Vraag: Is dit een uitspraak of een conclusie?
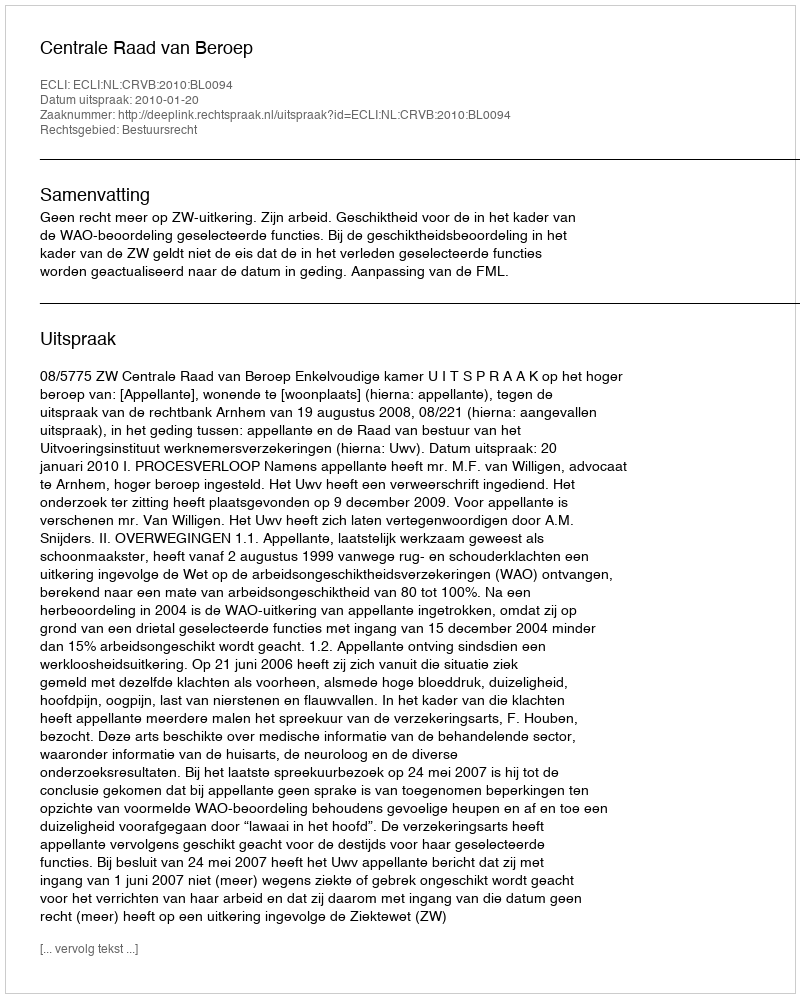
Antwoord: Uitspraak